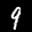
Label: 9